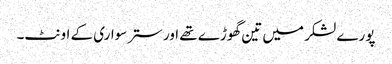
پورے لشکر میں تین گھوڑے تھے اور ستر سواری کے اونٹ۔